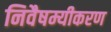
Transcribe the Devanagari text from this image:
निवैषम्यीकरण